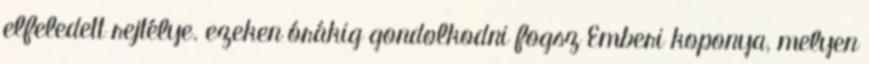
elfeledett rejtélye. ezeken órákig gondolkodni fogsz Emberi koponya, melyen